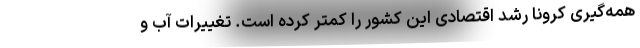
همه‌گیری کرونا رشد اقتصادی این کشور را کمتر کرده است. تغییرات آب و